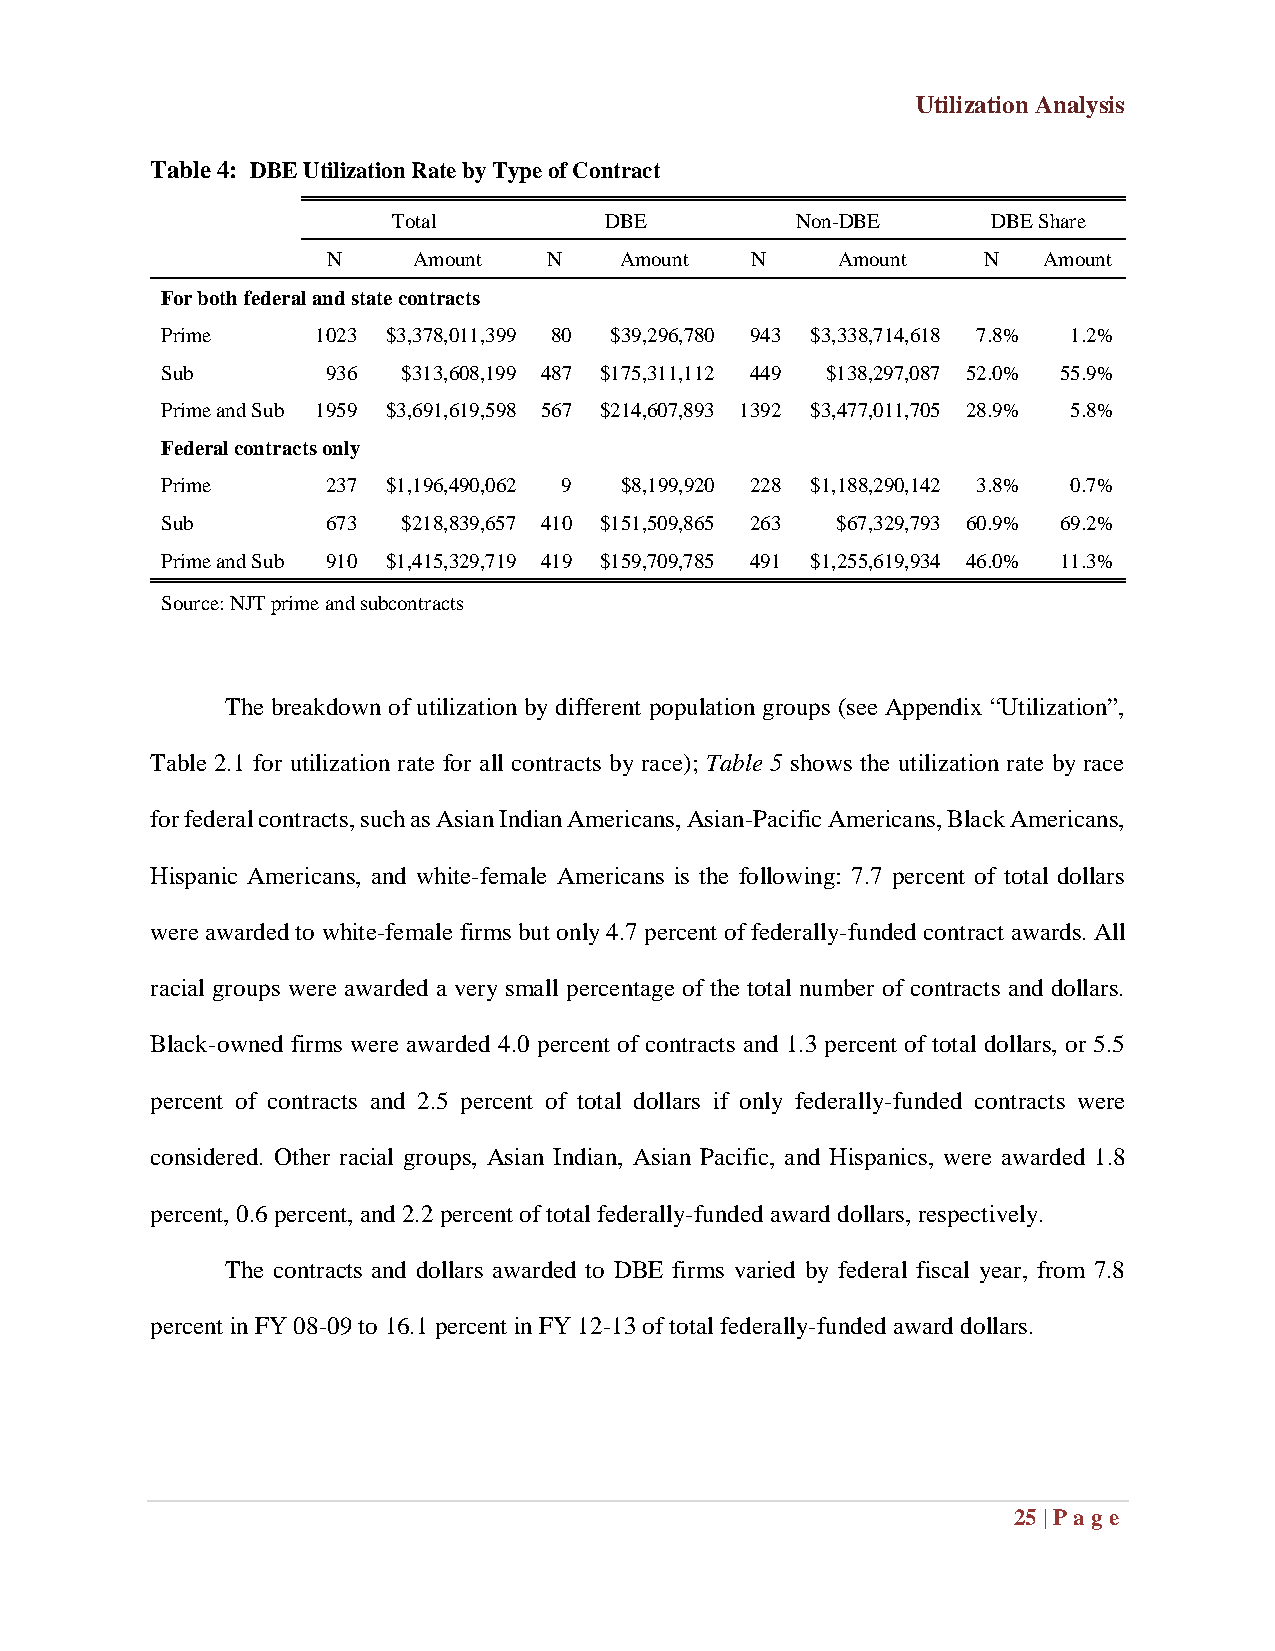
Utilization Analysis
 Table 4: DBE Utilization Rate by Type of Contract
 Total         DBE          Non-DBE      DBE Share
 N    Amount   N    Amount   N    Amount    N   Amount
 For both federal and state contracts
 Prime     1023 $3,378,011,399 80 $39,296,780 943 $3,338,714,618 7.8% 1.2%
 Sub        936  $313,608,199 487 $175,311,112 449 $138,297,087 52.0% 55.9%
 Prime and Sub 1959 $3,691,619,598 567 $214,607,893 1392 $3,477,011,705 28.9% 5.8%
 Federal contracts only
 Prime      237 $1,196,490,062 9 $8,199,920 228 $1,188,290,142 3.8% 0.7%
 Sub        673  $218,839,657 410 $151,509,865 263 $67,329,793 60.9% 69.2%
 Prime and Sub 910 $1,415,329,719 419 $159,709,785 491 $1,255,619,934 46.0% 11.3%
 Source: NJT prime and subcontracts
 The breakdown of utilization by different population groups (see Appendix “Utilization”,
 Table 2.1 for utilization rate for all contracts by race); Table 5 shows the utilization rate by race
 for federal contracts, such as Asian Indian Americans, Asian-Pacific Americans, Black Americans,
 Hispanic Americans, and white-female Americans is the following: 7.7 percent of total dollars
 were awarded to white-female firms but only 4.7 percent of federally-funded contract awards. All
 racial groups were awarded a very small percentage of the total number of contracts and dollars.
 Black-owned firms were awarded 4.0 percent of contracts and 1.3 percent of total dollars, or 5.5
 percent of contracts and 2.5 percent of total dollars if only federally-funded contracts were
 considered. Other racial groups, Asian Indian, Asian Pacific, and Hispanics, were awarded 1.8
 percent, 0.6 percent, and 2.2 percent of total federally-funded award dollars, respectively.
 The contracts and dollars awarded to DBE firms varied by federal fiscal year, from 7.8
 percent in FY 08-09 to 16.1 percent in FY 12-13 of total federally-funded award dollars.
 25 | Pag e